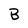
Character: B